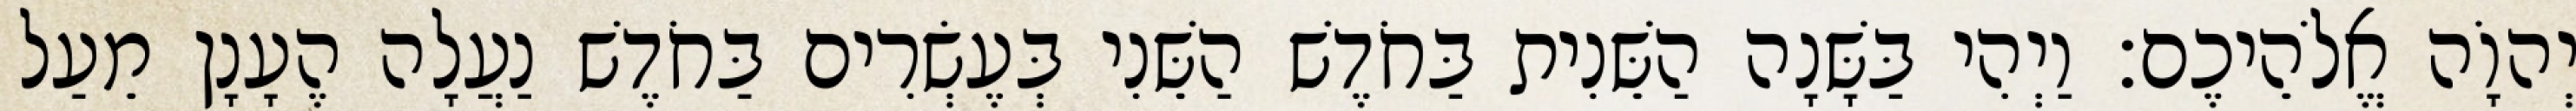
יְהוָֹה אֱלֹהֵיכֶם׃ וַיְהִי בַּשָּׁנָה הַשֵּׁנִית בַּחֹדֶשׁ הַשֵּׁנִי בְּעֶשְׂרִים בַּחֹדֶשׁ נַעֲלָה הֶעָנָן מֵעַל